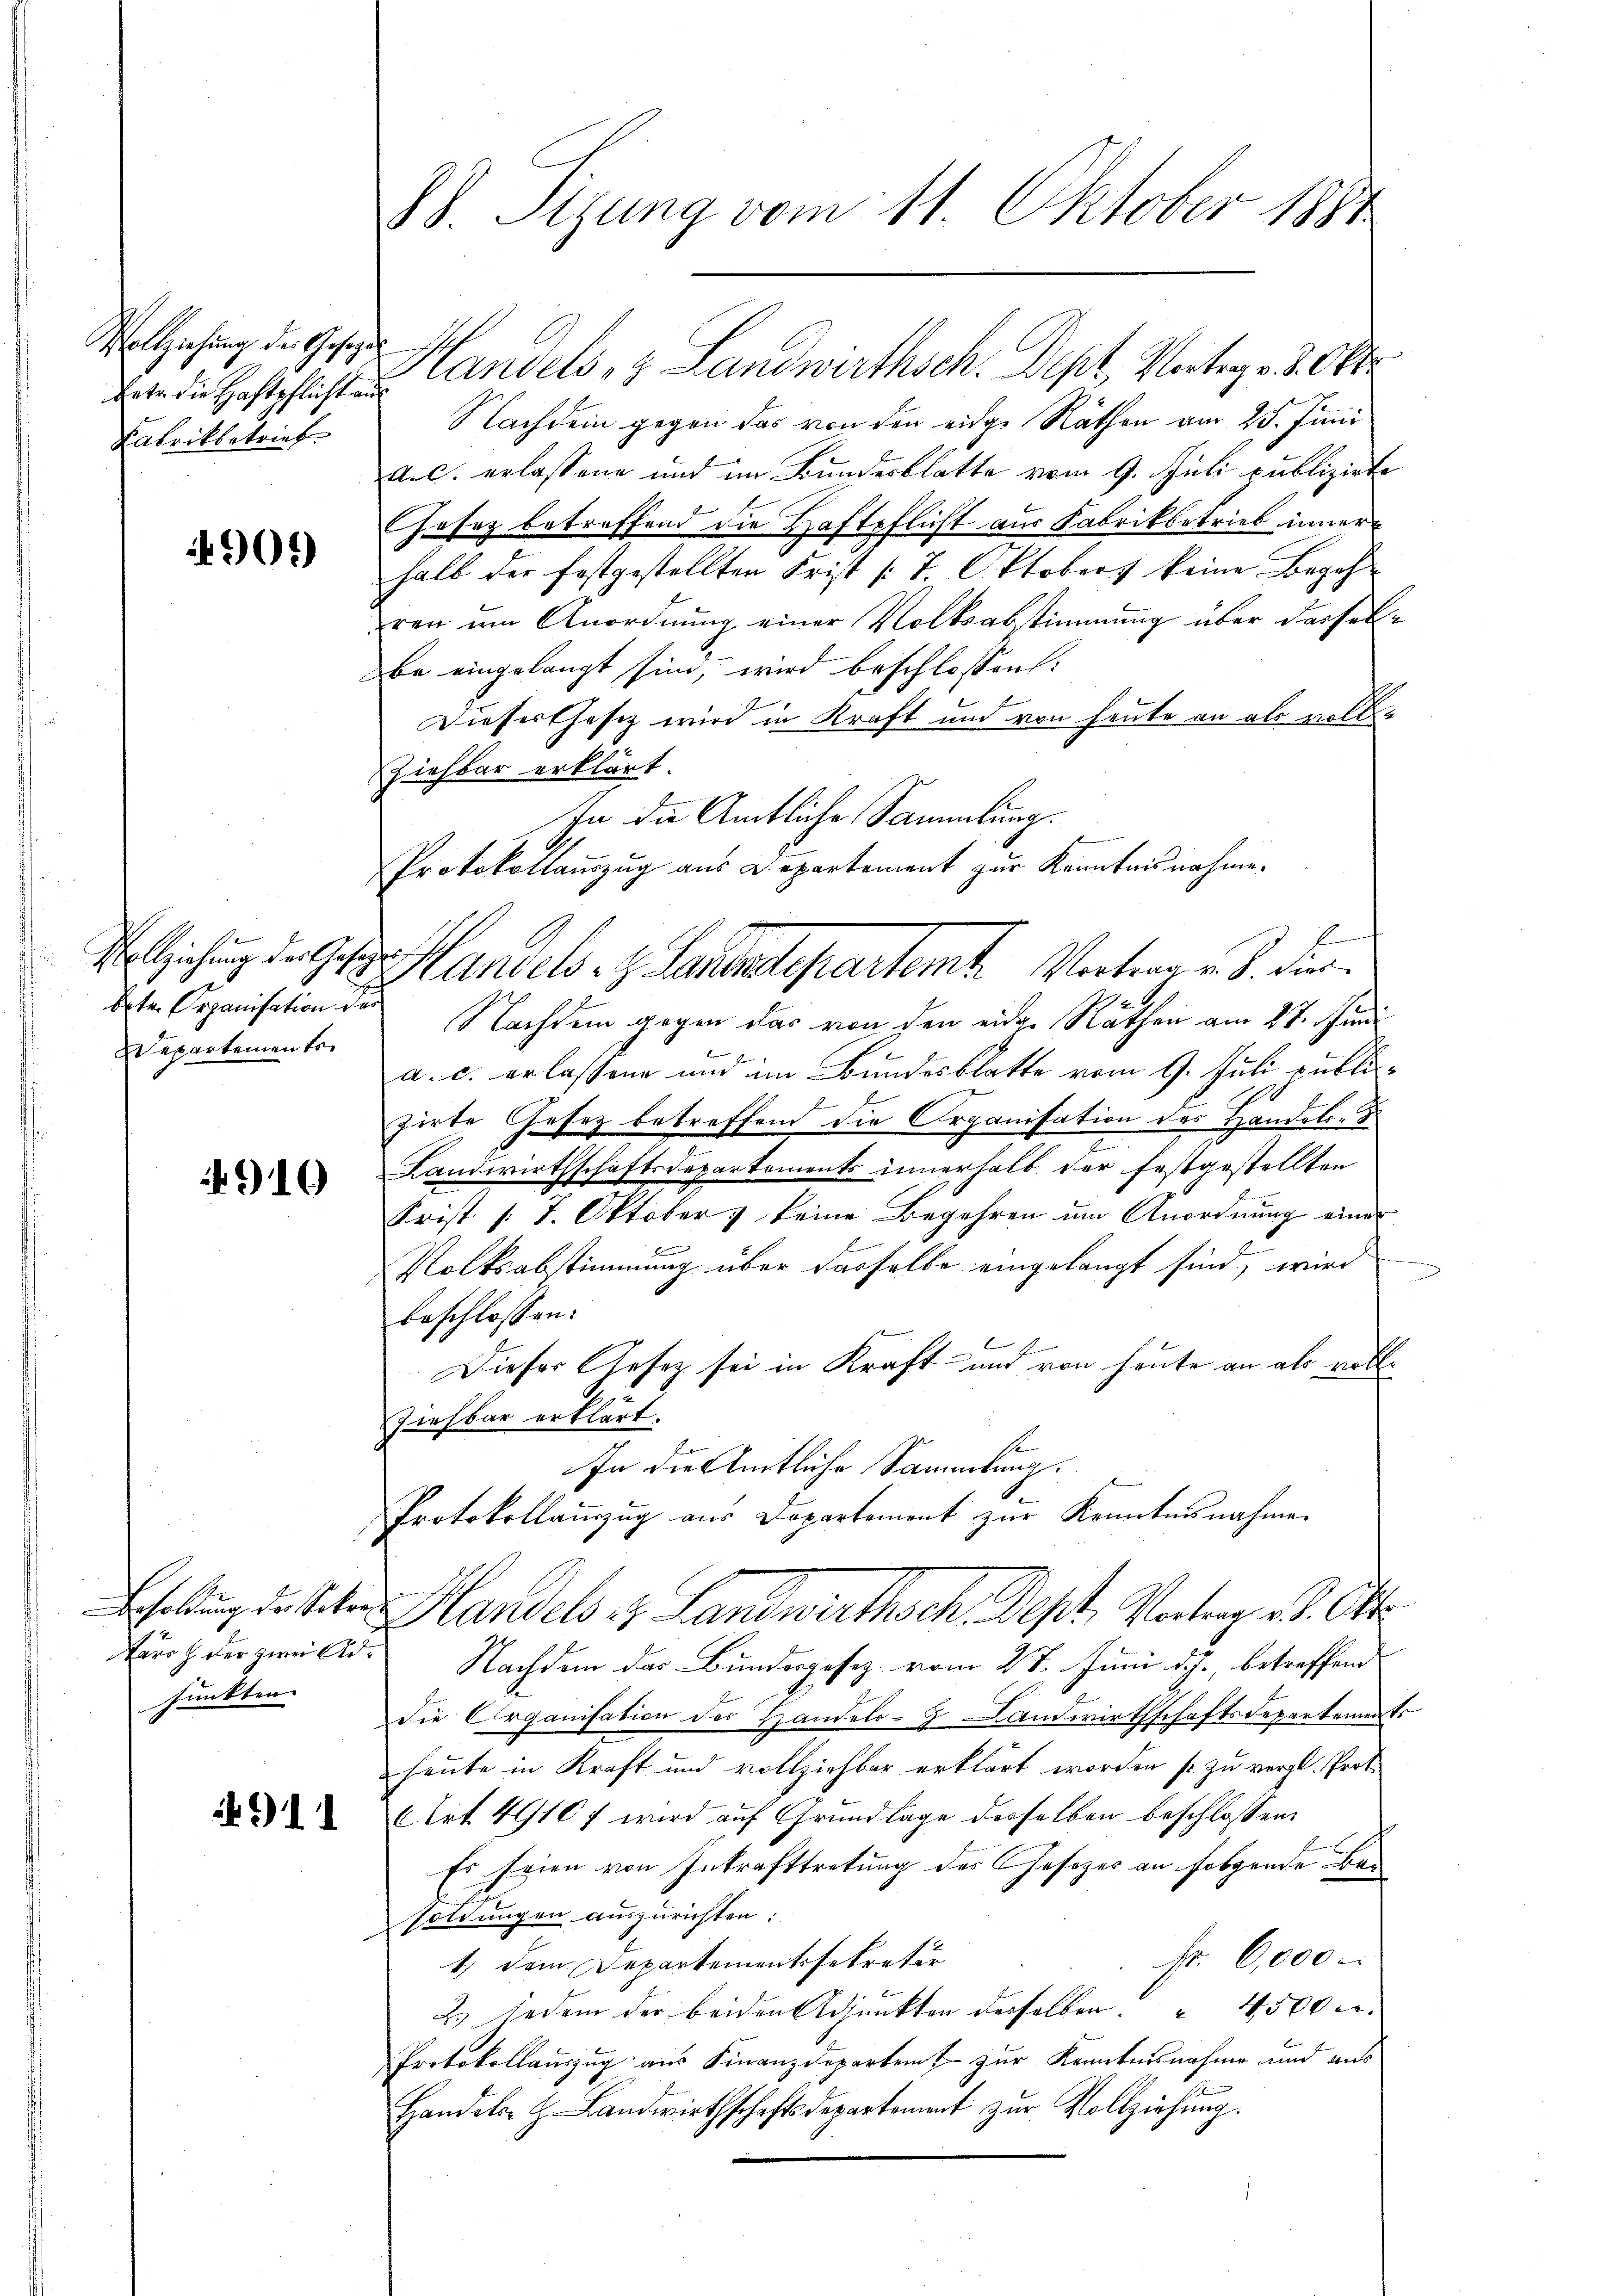
Vollziehung der Gesetzen
Vater die Haftpflicht aus
Kabrikbetrieb

901)

beten Organisation der
Wepartemente

4910

funkten

4911

88. Sizung vom 11. Oktober 1891

Handels, z. Landwirthsch. Dept, Vorlege 3. Okt
Nachdem gegen das von den eidge Räthen am 25. Juni
a.c. erlassene und im Bundesblatte vom 9. Juli publizirte
Jasaz betreffend die Haftpflicht aus Fabrikbetrieb inner
halb der festgestellten Frist (: 7. Oktobers keine Begehren um Anordnung einer Volksabstimmung über dassellbe eingelangt sind, wird beschlossen:
Dieser Gesez wird in Kraft und von heute an als voll¬
Ziehbar erklärt.
Nachdem gegen das von den eine Räthen am 27. Juni
a. c. erlassene und im Bundesblatte vom 9. Juli publizirte Gesetz betreffend die Organisation des Handels-
Landwirthschaftsdepartements innerhalb der festgestellten
Frist /: 7. Oktober & keine Begehren um Anordnung einer
2
Volksabstimmung über dasselbe eingelangt sind, wird
beschlossen:
Dieser Gesetz sei in Kraft und von heute an als voll¬
Ziehbar erklärt.
s
In die Amtliche Samarkung.
Protokollanzug aus Departement zur Kenntnisnahmen
holung der Seiten Handels in Landwirthsch. Dept, Vortrag v. 8. Okt
aro der zwei Gld. Nachdem das Bundesgesetz vom 28. Juni d. J., betreffend
die Organisation der Handels- Landwirthschaftsdepartements
heute in Kraft und vollziehbar erklärt worden so zu vergl. Prot.
AArt. 4910 f wird auf Grundlage derselben beschlossen:
Es seien von Inkrafttretung des Gesetzes an folgende Besoldungen auszurichten:
Fr. 6,000
1.) Dem Departementssekretär
2.) Jedem der beiden Adjunkten desselben . 4500 r.
Protokollauszug aus Finanzdepartent zur Kenntnisnahme und aus
Handels- & Landwirthschaftsdepartement zŭr Vollziehŭng.

In die Amtliche Sammlung.
Protokollauszug aus Departement zur Kenntnisnahme.
2
Volziehung der Ges. Handels- H. Lauendepartemt. Vertrag u. S. Fier